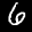
Label: 6